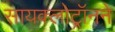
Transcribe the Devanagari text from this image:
सायक्लोट्रॉनने